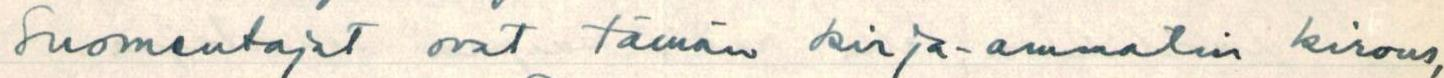
Suomentajat ovat tämän kirja-ammatin kirous,